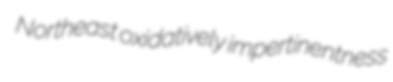
Northeast oxidatively impertinentness